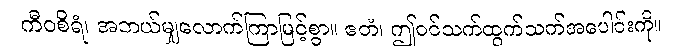
ကီဝစိရံ၊ အဘယ်မျှလောက်ကြာမြင့်စွာ။ ဧတံ၊ ဤဝင်သက်ထွက်သက်အပေါင်းကို။